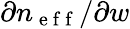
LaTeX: \partial n_{\mathrm{~e~f~f~}}/\partial w